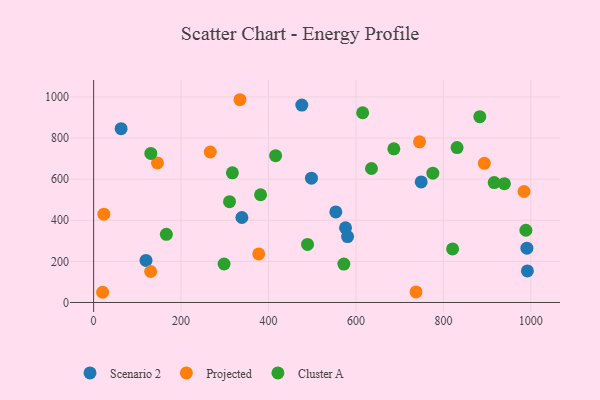
{"axis": {"x": "Investment", "y": "Exam Score"}, "legend": ["Cluster A", "Projected", "Scenario 2"], "data": [{"x": "749.2", "y": 586.5, "type": "Scenario 2"}, {"x": "992.0", "y": 153.7, "type": "Scenario 2"}, {"x": "498.2", "y": 604.7, "type": "Scenario 2"}, {"x": "580.8", "y": 320.7, "type": "Scenario 2"}, {"x": "576.1", "y": 363.0, "type": "Scenario 2"}, {"x": "553.9", "y": 440.3, "type": "Scenario 2"}, {"x": "476.1", "y": 960.1, "type": "Scenario 2"}, {"x": "339.1", "y": 413.3, "type": "Scenario 2"}, {"x": "990.9", "y": 264.0, "type": "Scenario 2"}, {"x": "62.9", "y": 845.6, "type": "Scenario 2"}, {"x": "119.8", "y": 204.6, "type": "Scenario 2"}, {"x": "745.4", "y": 781.5, "type": "Projected"}, {"x": "266.7", "y": 731.9, "type": "Projected"}, {"x": "23.4", "y": 429.6, "type": "Projected"}, {"x": "377.6", "y": 236.1, "type": "Projected"}, {"x": "737.3", "y": 51.2, "type": "Projected"}, {"x": "20.6", "y": 49.6, "type": "Projected"}, {"x": "130.4", "y": 150.7, "type": "Projected"}, {"x": "984.4", "y": 539.9, "type": "Projected"}, {"x": "146.0", "y": 678.7, "type": "Projected"}, {"x": "893.6", "y": 677.1, "type": "Projected"}, {"x": "334.7", "y": 986.3, "type": "Projected"}, {"x": "310.8", "y": 490.2, "type": "Cluster A"}, {"x": "635.5", "y": 651.8, "type": "Cluster A"}, {"x": "939.4", "y": 577.7, "type": "Cluster A"}, {"x": "821.0", "y": 260.5, "type": "Cluster A"}, {"x": "317.4", "y": 630.9, "type": "Cluster A"}, {"x": "489.2", "y": 282.4, "type": "Cluster A"}, {"x": "298.4", "y": 187.1, "type": "Cluster A"}, {"x": "615.3", "y": 923.0, "type": "Cluster A"}, {"x": "130.8", "y": 725.2, "type": "Cluster A"}, {"x": "166.3", "y": 331.4, "type": "Cluster A"}, {"x": "572.3", "y": 186.9, "type": "Cluster A"}, {"x": "988.6", "y": 351.3, "type": "Cluster A"}, {"x": "686.6", "y": 747.4, "type": "Cluster A"}, {"x": "916.1", "y": 583.3, "type": "Cluster A"}, {"x": "831.2", "y": 753.4, "type": "Cluster A"}, {"x": "775.8", "y": 629.1, "type": "Cluster A"}, {"x": "381.8", "y": 524.0, "type": "Cluster A"}, {"x": "883.2", "y": 903.6, "type": "Cluster A"}, {"x": "416.2", "y": 714.0, "type": "Cluster A"}]}